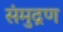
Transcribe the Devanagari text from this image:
संमुद्रण